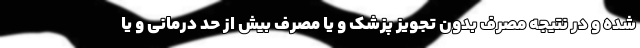
شده و در نتیجه مصرف بدون تجویز پزشک و یا مصرف بیش از حد درمانی و یا